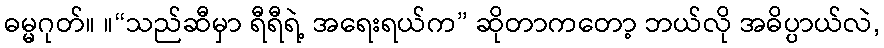
ဓမ္မဂုတ်။ ။“သည်ဆီမှာ ရီရီရဲ့ အရေးရယ်က” ဆိုတာကတော့ ဘယ်လို အဓိပ္ပာယ်လဲ,